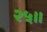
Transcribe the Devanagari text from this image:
२५॥